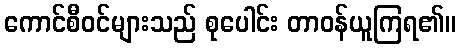
ကောင်စီဝင်များသည် စုပေါင်း တာဝန်ယူကြရ၏။